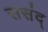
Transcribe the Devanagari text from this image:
ससंद्